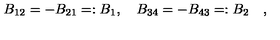
B _ { 1 2 } = - B _ { 2 1 } = : B _ { 1 } , \quad B _ { 3 4 } = - B _ { 4 3 } = : B _ { 2 } \quad ,